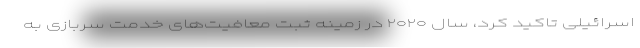
اسرائیلی تاکید کرد، سال ۲۰۲۰ در زمینه ثبت معافیت‌های خدمت سربازی به